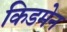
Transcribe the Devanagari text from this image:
किडमेन